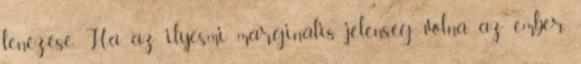
lenézése. Ha az ilyesmi marginális jelenség volna, az ember